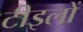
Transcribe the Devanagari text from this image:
टीइलों